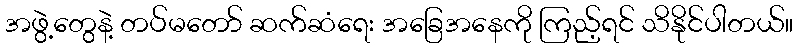
အဖွဲ့တွေနဲ့ တပ်မတော် ဆက်ဆံရေး အခြေအနေကို ကြည့်ရင် သိနိုင်ပါတယ်။